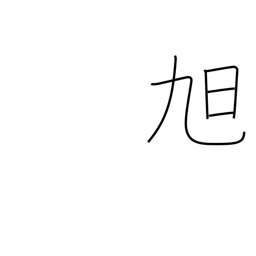
Meaning: morning sun